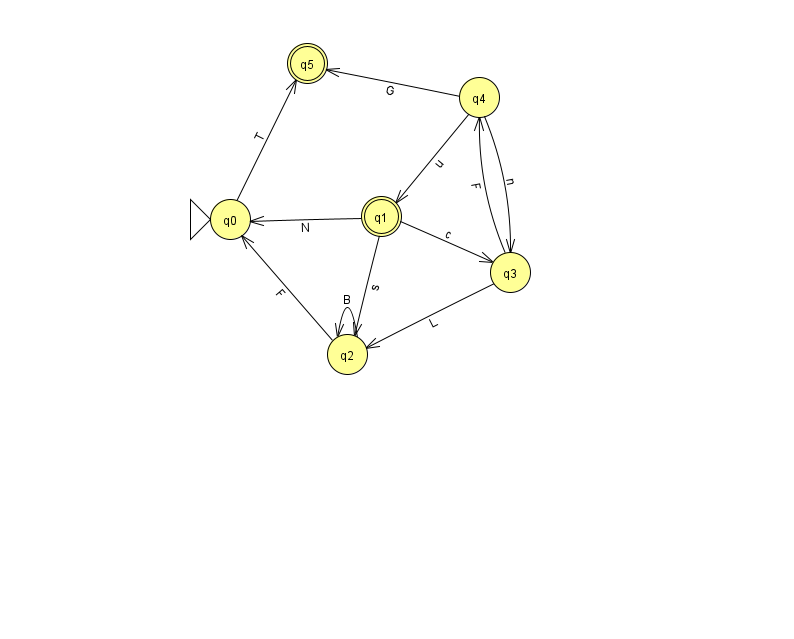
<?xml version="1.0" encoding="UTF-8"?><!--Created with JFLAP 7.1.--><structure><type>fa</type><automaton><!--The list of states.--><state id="0" name="q0"><x>230.0</x><y>206.0</y><initial/></state><state id="1" name="q1"><x>381.0</x><y>203.0</y><final/></state><state id="2" name="q2"><x>347.0</x><y>341.0</y></state><state id="3" name="q3"><x>510.0</x><y>259.0</y></state><state id="4" name="q4"><x>479.0</x><y>84.0</y></state><state id="5" name="q5"><x>307.0</x><y>50.0</y><final/></state><!--The list of transitions.--><transition><from>2</from><to>2</to><read>B</read></transition><transition><from>2</from><to>0</to><read>F</read></transition><transition><from>3</from><to>4</to><read>F</read></transition><transition><from>1</from><to>0</to><read>N</read></transition><transition><from>4</from><to>3</to><read>n</read></transition><transition><from>3</from><to>2</to><read>L</read></transition><transition><from>0</from><to>5</to><read>T</read></transition><transition><from>4</from><to>1</to><read>u</read></transition><transition><from>1</from><to>2</to><read>s</read></transition><transition><from>1</from><to>3</to><read>c</read></transition><transition><from>4</from><to>5</to><read>G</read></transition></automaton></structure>